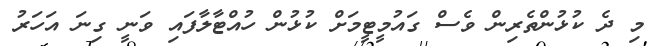
މި ދެ ކުޅުންތެރިން ވެސް ގައުމީޓީމަށް ކުޅުން ހުއްޓާލާފައި ވަނީ ގިނަަ އަހަރު